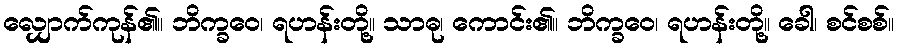
လျှောက်ကုန်၏။ ဘိက္ခဝေ၊ ရဟန်းတို့။ သာဓု၊ ကောင်း၏။ ဘိက္ခဝေ၊ ရဟန်းတို့။ ခေါ၊ စင်စစ်။